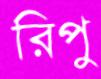
রিপু